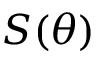
S ( \theta )